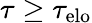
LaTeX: \tau\geq\tau_{\mathrm{elo}}